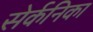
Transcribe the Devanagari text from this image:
सेर्कनिका